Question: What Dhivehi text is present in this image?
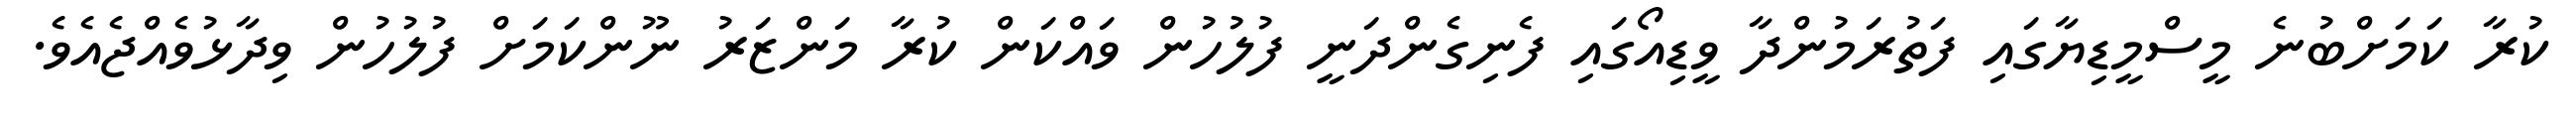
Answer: ކުރާ ކަމަށްބުނެ މީސްމީޑިޔާގައި ފަތުރަމުންދާ ވީޑިއޯގައި ފެނިގެންދަނީ ފުލުހުން ވައްކަން ކުރާ މަންޒަރު ނޫންކަމަށް ފުލުހުން ވިދާޅުވެއްޖެއެވެ.